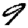
Digit: 9